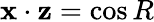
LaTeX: \mathbf{x}\cdot\mathbf{z}=\cos R